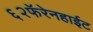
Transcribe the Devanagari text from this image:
६२फॅरेनहाईट